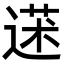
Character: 𦳯